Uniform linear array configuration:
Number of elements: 4
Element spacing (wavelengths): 0.75
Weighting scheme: binomial
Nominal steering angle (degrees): -30
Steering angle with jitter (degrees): -31.804
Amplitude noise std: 0.05
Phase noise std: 0.05

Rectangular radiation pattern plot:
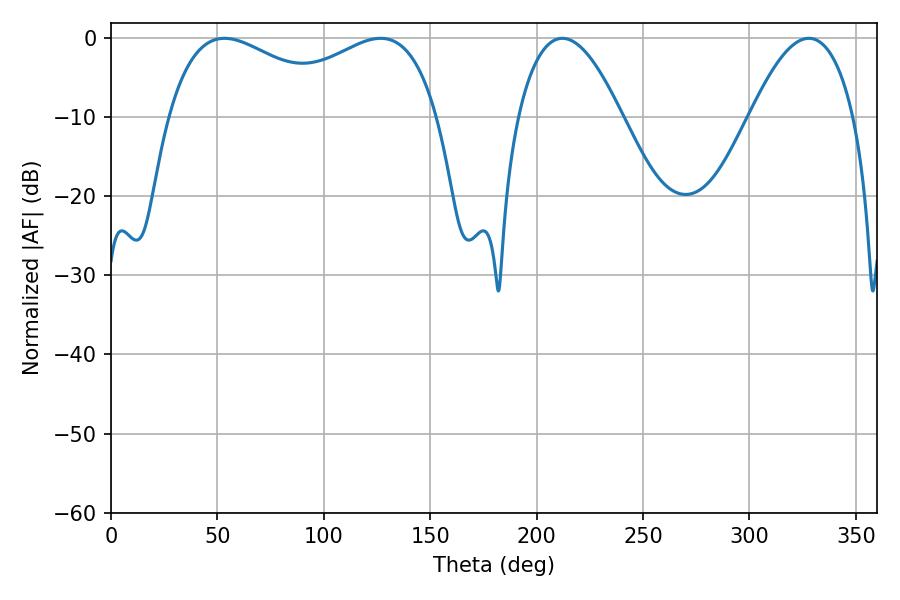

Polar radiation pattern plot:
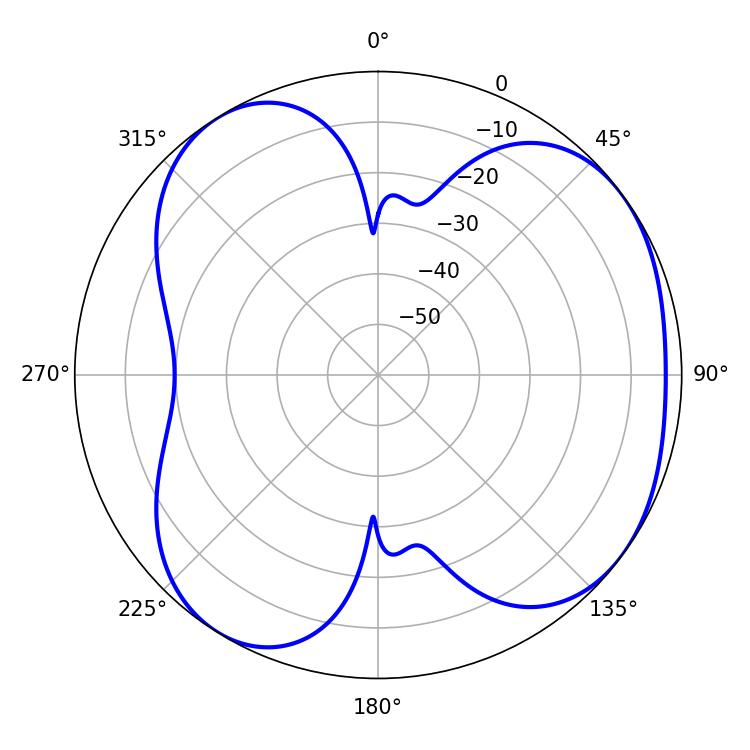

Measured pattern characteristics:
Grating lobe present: TRUE
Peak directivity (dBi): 4.855
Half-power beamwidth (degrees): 47.16
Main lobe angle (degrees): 53.28